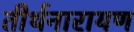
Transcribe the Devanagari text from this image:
तीर्थनारायण